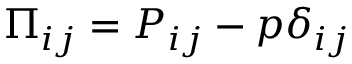
\Pi _ { i j } = P _ { i j } - p \delta _ { i j }